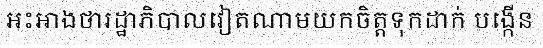
អះអាងថារដ្ឋាភិបាលវៀតណាមយកចិត្តទុកដាក់ បង្កើន